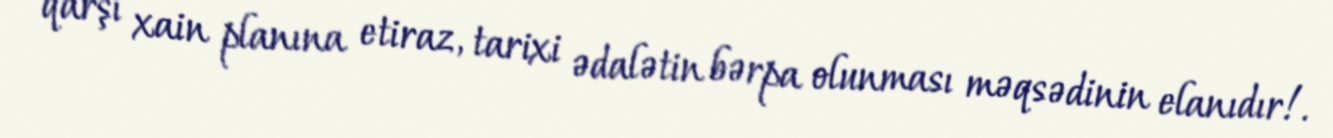
qarşı xain planına etiraz, tarixi ədalətin bərpa olunması məqsədinin elanıdır!.